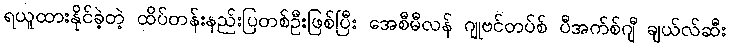
ရယူထားနိုင်ခဲ့တဲ့ ထိပ်တန်းနည်းပြတစ်ဦးဖြစ်ပြီး အေစီမီလန် ဂျုဗင်တပ်စ် ပီအက်စ်ဂျီ ချယ်လ်ဆီး